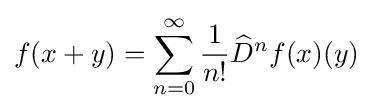
f(x+y)=\sum _{n=0}^{\infty }{\frac {1}{n!}}{\widehat {D}}^{n}f(x)(y)